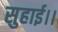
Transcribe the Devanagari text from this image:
सुहाई।।